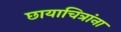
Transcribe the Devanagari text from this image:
छायाचित्रांना